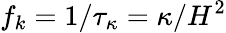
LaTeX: f_{k}=1/\tau_{\kappa}=\kappa/H^{2}